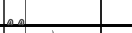
٧٥